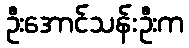
ဦးအောင်သန်းဦးက